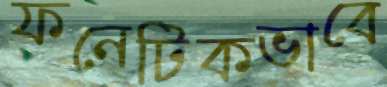
ফনেটিকভাবে